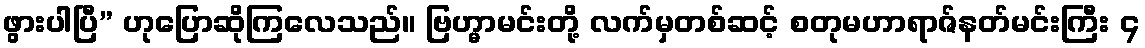
ဖွားပါပြီ” ဟုပြောဆိုကြလေသည်။ ဗြဟ္မာမင်းတို့ လက်မှတစ်ဆင့် စတုမဟာရာဇ်နတ်မင်းကြီး ၄